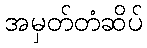
အမှတ်တံဆိပ်